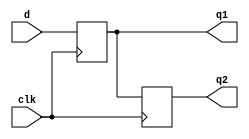
module abc9_test034(input clk, d, output reg q1, q2);
always @(posedge clk) q1 <= d;
always @(posedge clk) q2 <= q1;
endmodule